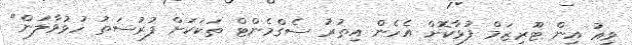
ވިއު އިން ޓޫރިޒަމް ފުޅާކޮށް އެހެން އިތުރު ސެގްމެންޓް ތަކަކަށް ފުރުސަތު ހުޅުވާލަން"